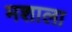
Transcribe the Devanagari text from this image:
मशाला